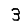
Digit: 3